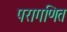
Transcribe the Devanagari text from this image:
परागणित